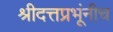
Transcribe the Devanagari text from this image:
श्रीदत्तप्रभूंनीच